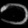
Digit: ၁